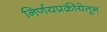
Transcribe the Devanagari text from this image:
निर्णयप्रक्रीयेतून